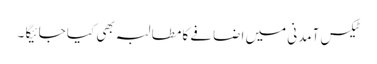
ٹیکس آمدنی میں اضافے کا مطالبہ بھی کیا جائیگا ۔